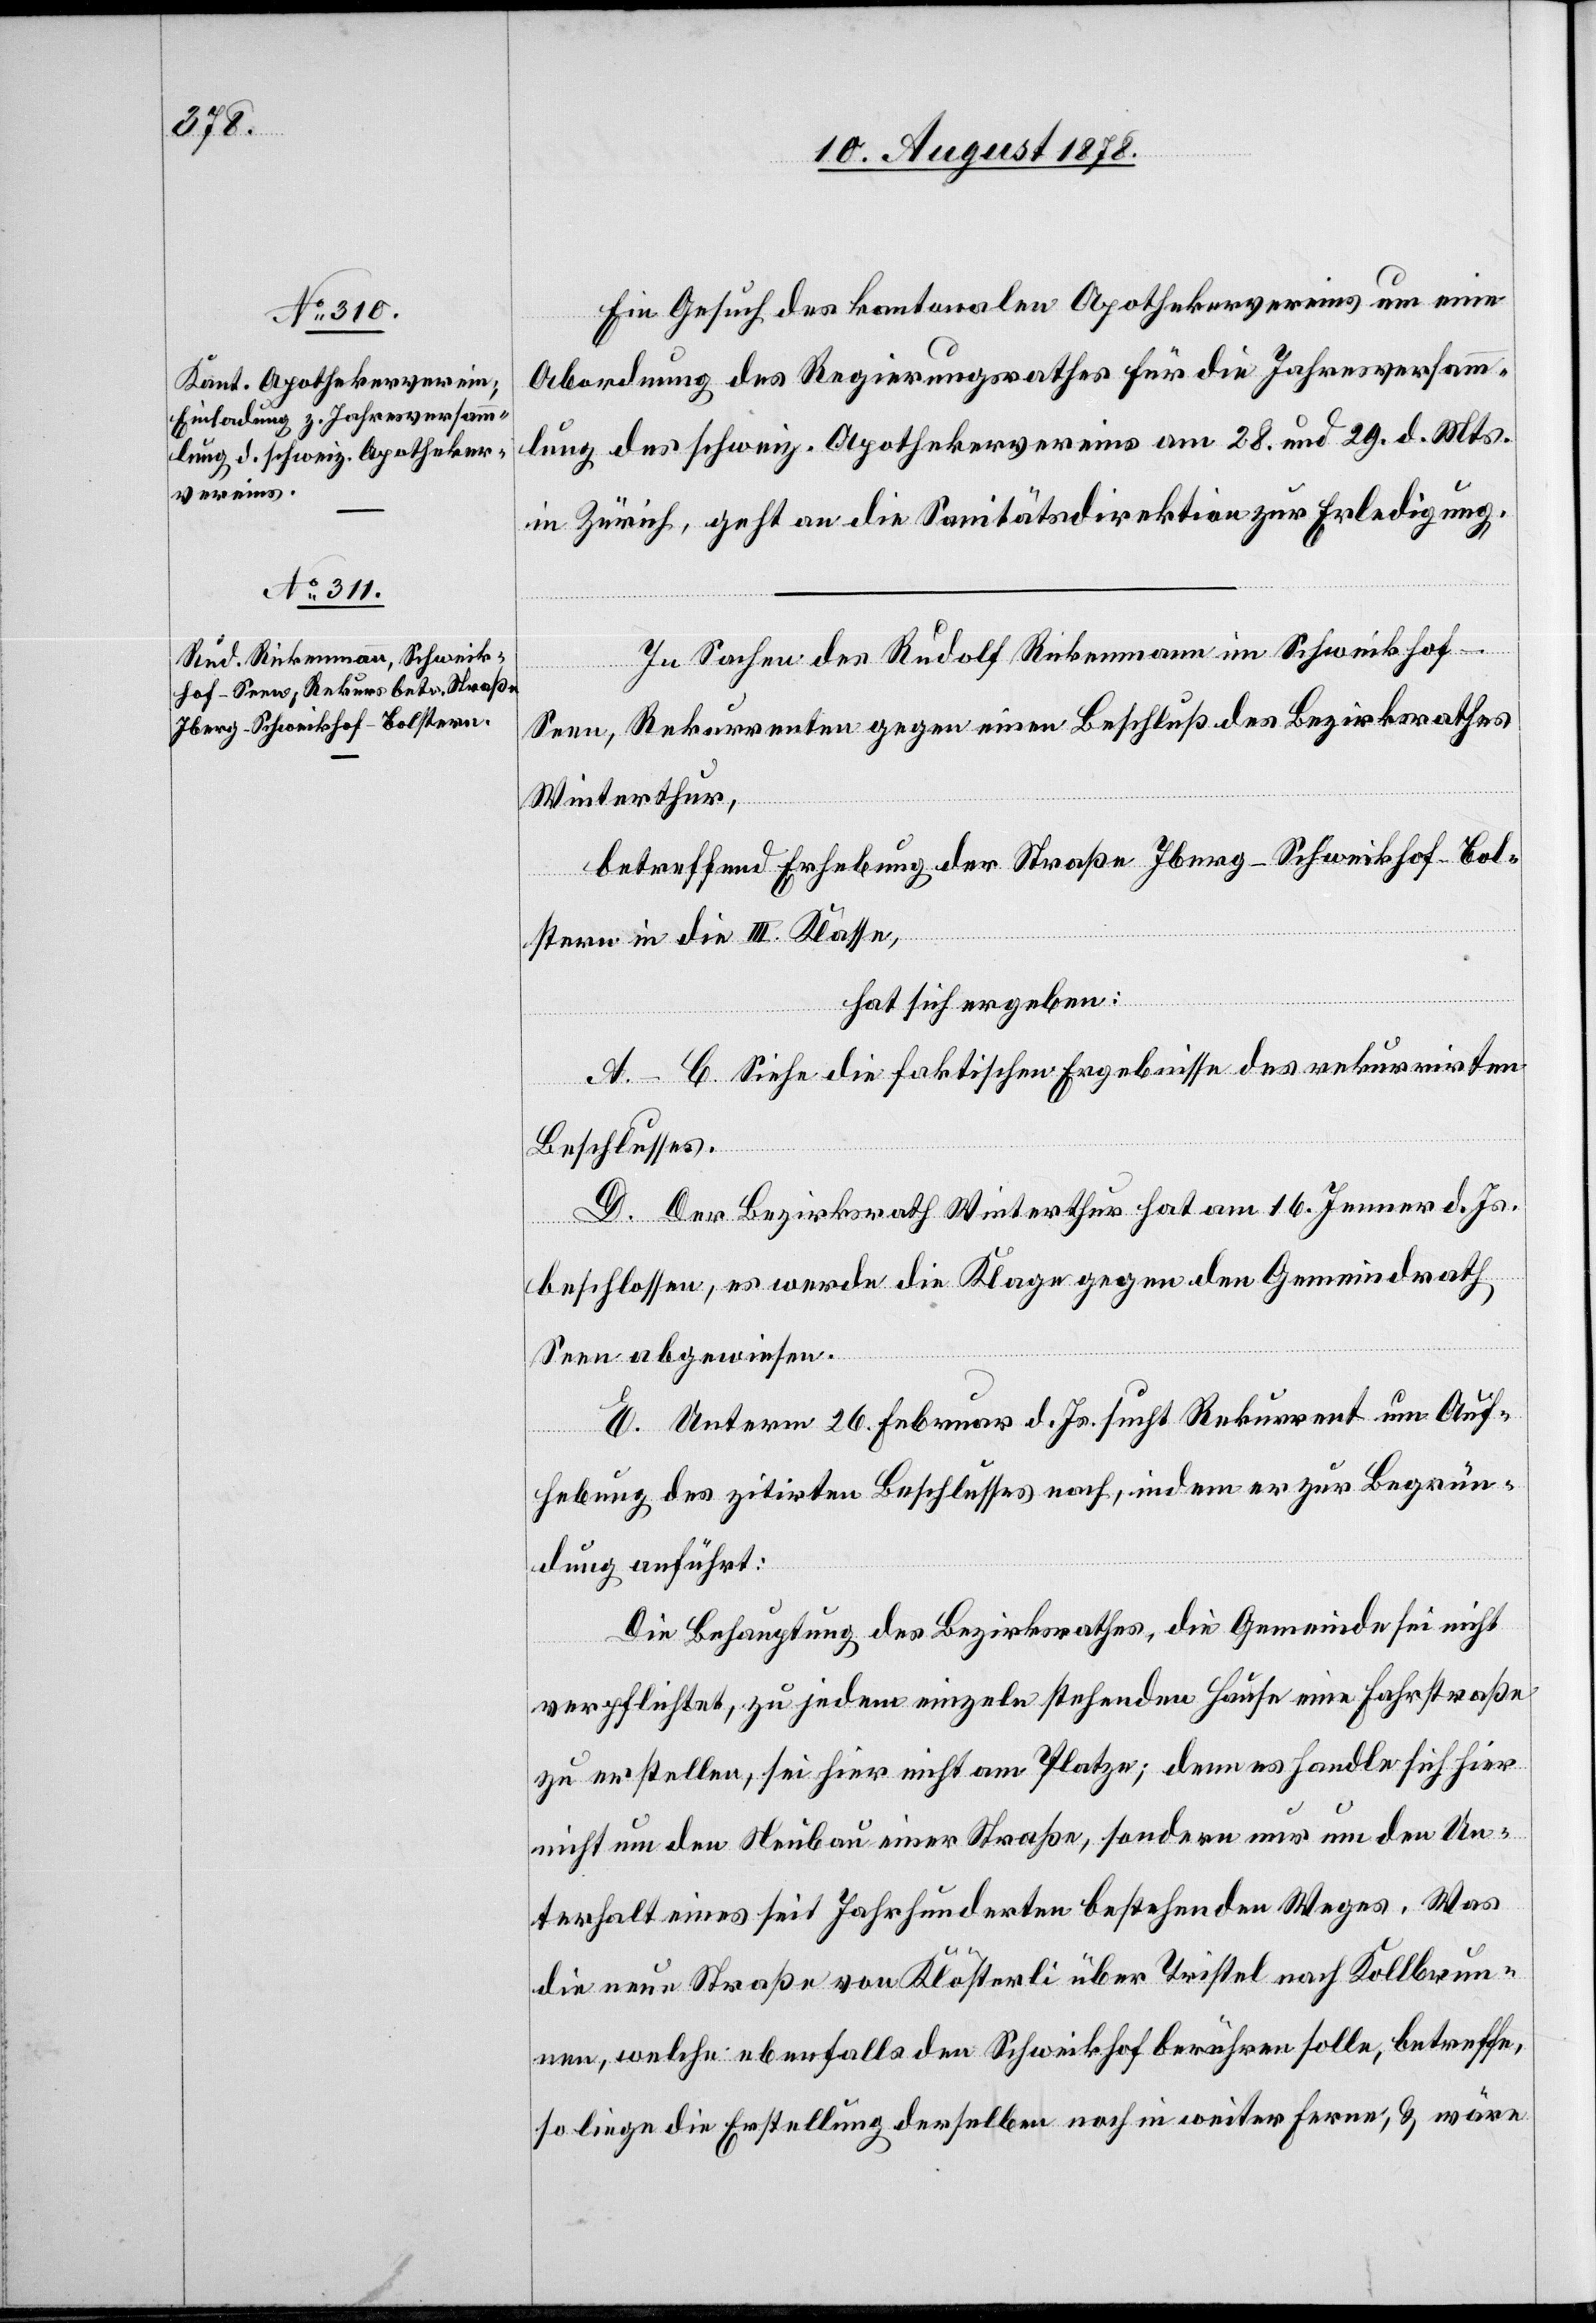
Ein Gesuch des kantonalen Apothekervereins um eine
Abordnung des Regierungsrathes für die Jahresversamm¬
lung des schweiz. Apothekervereins am 28. und 29. d. Mts.
in Zürich, geht an die Sanitätsdirektion zur Erledigung.
In Sachen des Rudolf Rickenmann im Schweikhof
Seen, Rekurrenten gegen einen Beschluß des Bezirksrathes
Winterthur,
betreffend Erhebung der Straße Iberg–Schweikhof–Bol¬
stern in die III. Klasse,
hat sich ergeben:
A–C. Siehe die faktischen Ergebnisse des rekurrirten
Beschlusses.
D. Der Bezirksrath Winterthur hat am 16. Jenner d. Js.
beschlossen, es werde die Klage gegen den Gemeindrath
Seen abgewiesen.
E. Unterm 26. Februar d. Js. sucht Rekurrent um Auf¬
hebung des zitirten Beschlusses nach, indem er zur Begrün¬
dung anführt:
Die Behauptung des Bezirksrathes, die Gemeinde sei nicht
verpflichtet, zu jedem einzeln stehenden Hause eine Fahrtstraße
zu erstellen, sei hier nicht am Platze; denn es handle sich hier
nicht um den Neubau einer Straße, sondern nur um den Un¬
terhalt eines seit Jahrhunderten bestehenden Weges. Was
die neue Straße von Klösterli über Tristel nach Kollbrun¬
nen, welche ebenfalls den Schweikhof berühren solle, betreffe,
so liege die Erstellung derselben noch in weiter Ferne, & wäre